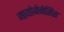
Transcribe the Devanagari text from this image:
मायोजेनेसिस